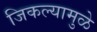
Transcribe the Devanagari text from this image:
जिकल्यामुळे